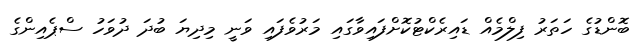
ބޮންޑުގެ ހަތަރު ފިލްމެއް ޑައިރެކްޓުކޮށްފައިވާގައި މަރުވެފައި ވަނީ މިދިޔަ ބުދަ ދުވަހު ސްޕެއިންގެ